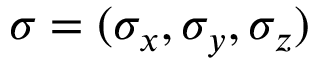
{ \boldsymbol \sigma } = ( \sigma _ { x } , \sigma _ { y } , \sigma _ { z } )